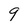
Character: 9